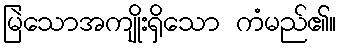
မြဲသောအကျိုးရှိသော ကံမည်၏။